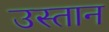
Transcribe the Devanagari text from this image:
उस्तान